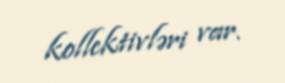
kollektivləri var.